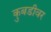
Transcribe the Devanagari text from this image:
कुबडीवर